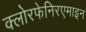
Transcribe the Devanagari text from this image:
क्लोरफेनिरएमाइन